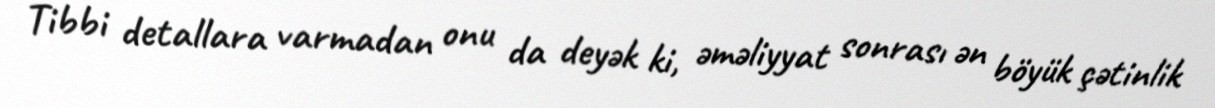
Tibbi detallara varmadan onu da deyək ki, əməliyyat sonrası ən böyük çətinlik